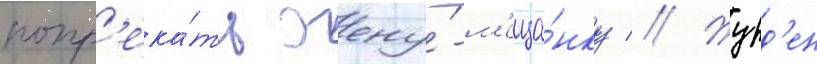
попр'ека́ть жену́-м'еща́нку // Журд'ен